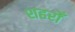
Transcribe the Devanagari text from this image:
शहरोँ